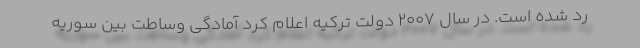
رد شده ‌است. در سال 2007 دولت ترکیه اعلام کرد آمادگی وساطت بین سوریه